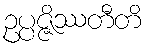
ဥပ္ပဇ္ဇိဿတီတိ